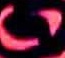
Text: 6